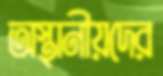
অস্থানীয়দের